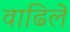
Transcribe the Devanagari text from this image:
वाढिले